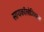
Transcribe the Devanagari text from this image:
सायकॉलोजिकल